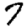
Digit: 7